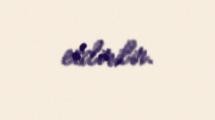
etdirilir.